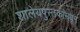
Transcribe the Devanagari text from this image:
शालेयपुस्तकांमधून